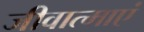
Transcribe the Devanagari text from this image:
जीवात्माएं